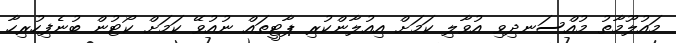
މައުލޫމާތު މުއްސަނދިވި އުވާލި ކަމަށް އިއުލާންކުރި ޕާޓީތައް ނުއުވޭ ކަމަށް ކޯޓުން ބުނެފިހުރިހާ